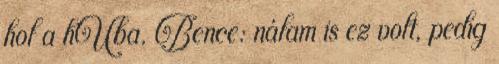
hol a hUba. Bence: nálam is ez volt, pedig